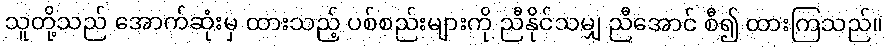
သူတို့သည် အောက်ဆုံးမှ ထားသည့် ပစ်စည်းများကို ညီနိုင်သမျှ ညီအောင် စီ၍ ထားကြသည်။